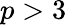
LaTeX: p>3